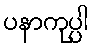
ပနာကုပ္ပါ